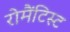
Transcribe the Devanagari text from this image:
रोमैंटिस्ट